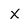
Character: X